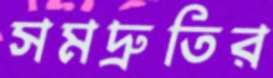
সমদ্রুতির